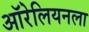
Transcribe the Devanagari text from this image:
ऑरेलियनला